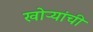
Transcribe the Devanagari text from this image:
खोऱ्यांची